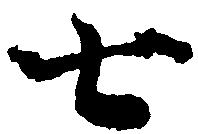
七